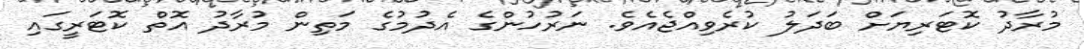
މުރާދު ކޮޓަރިޔަށް ބަދަލު ކުރެވިއްޖެއެވެ. ނަރުހުންގެ އެދުމުގެ މަތިން މުރާދު އޮތް ކޮޓަރީގައި